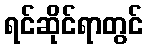
ရင်ဆိုင်ရာတွင်